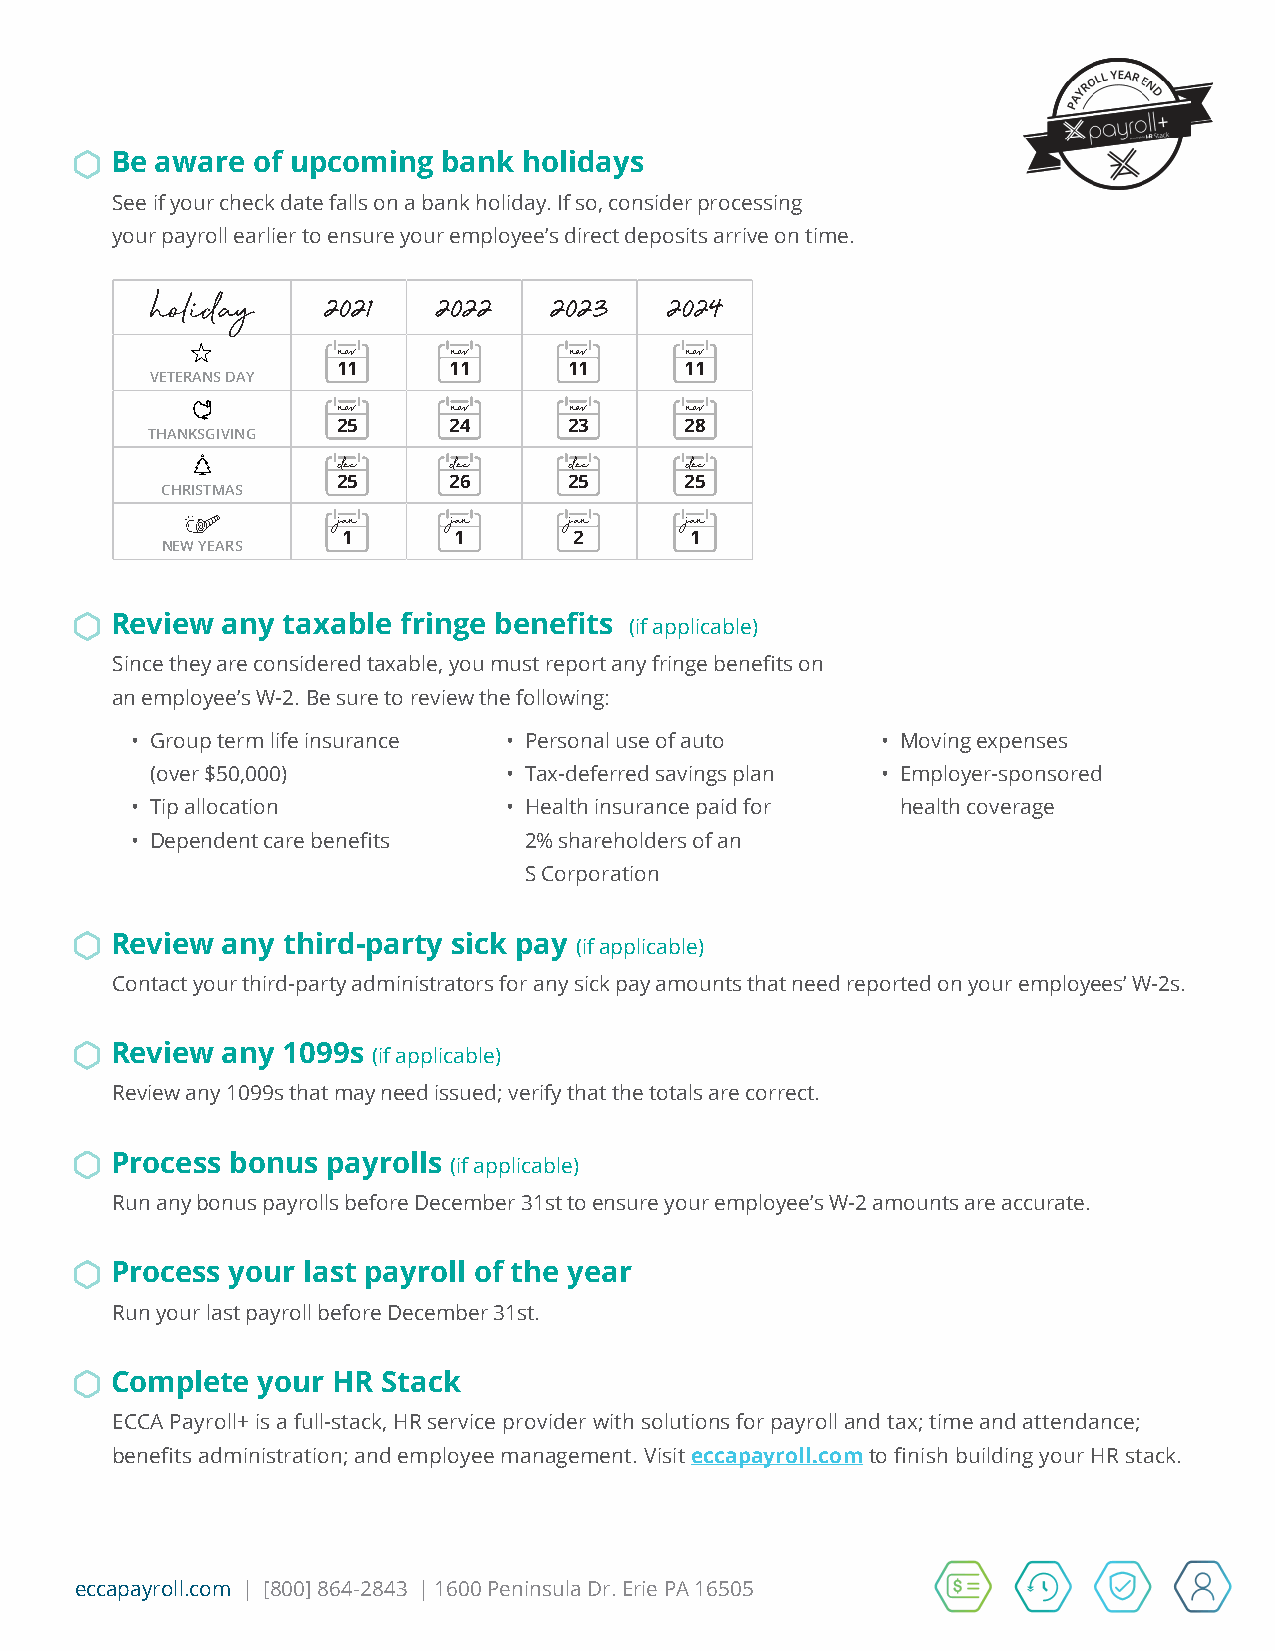
Be aware  of upcoming bank  holidays
 See if your check date falls on a bank holiday. If so, consider processing
 your payroll earlier to ensure your employee’s direct deposits arrive on time.
 holiday
 2021   2022    2023   2024
 nov     nov     nov    nov
 11      11      11     11
 VETERANS DAY
 nov     nov     nov    nov
 25      24      23     28
 THANKSGIVING
 dec     dec     dec    dec
 25      26      25     25
 CHRISTMAS
 jan     jan     jan    jan
 1      1       2       1
 NEW YEARS
 Review  any taxable fringe benefits (if applicable)
 Since they are considered taxable, you must report any fringe benefits on
 an employee’s W-2. Be sure to review the following:
 • Group term life insurance • Personal use of auto • Moving expenses
 (over $50,000)          • Tax-deferred savings plan • Employer-sponsored
 • Tip allocation         • Health insurance paid for health coverage
 • Dependent care benefits 2% shareholders of an
 S Corporation
 Review  any third-party sick pay (if applicable)
 Contact your third-party administrators for any sick pay amounts that need reported on your employees’ W-2s.
 Review  any 1099s (if applicable)
 Review any 1099s that may need issued; verify that the totals are correct.
 Process bonus  payrolls (if applicable)
 Run any bonus payrolls before December 31st to ensure your employee’s W-2 amounts are accurate.
 Process your last payroll of the year
 Run your last payroll before December 31st.
 Complete  your HR Stack
 ECCA Payroll+ is a full-stack, HR service provider with solutions for payroll and tax; time and attendance;
 benefits administration; and employee management. Visit eccapayroll.comto finish building your HR stack.
 eccapayroll.com | [800] 864-2843 | 1600 Peninsula Dr. Erie PA 16505